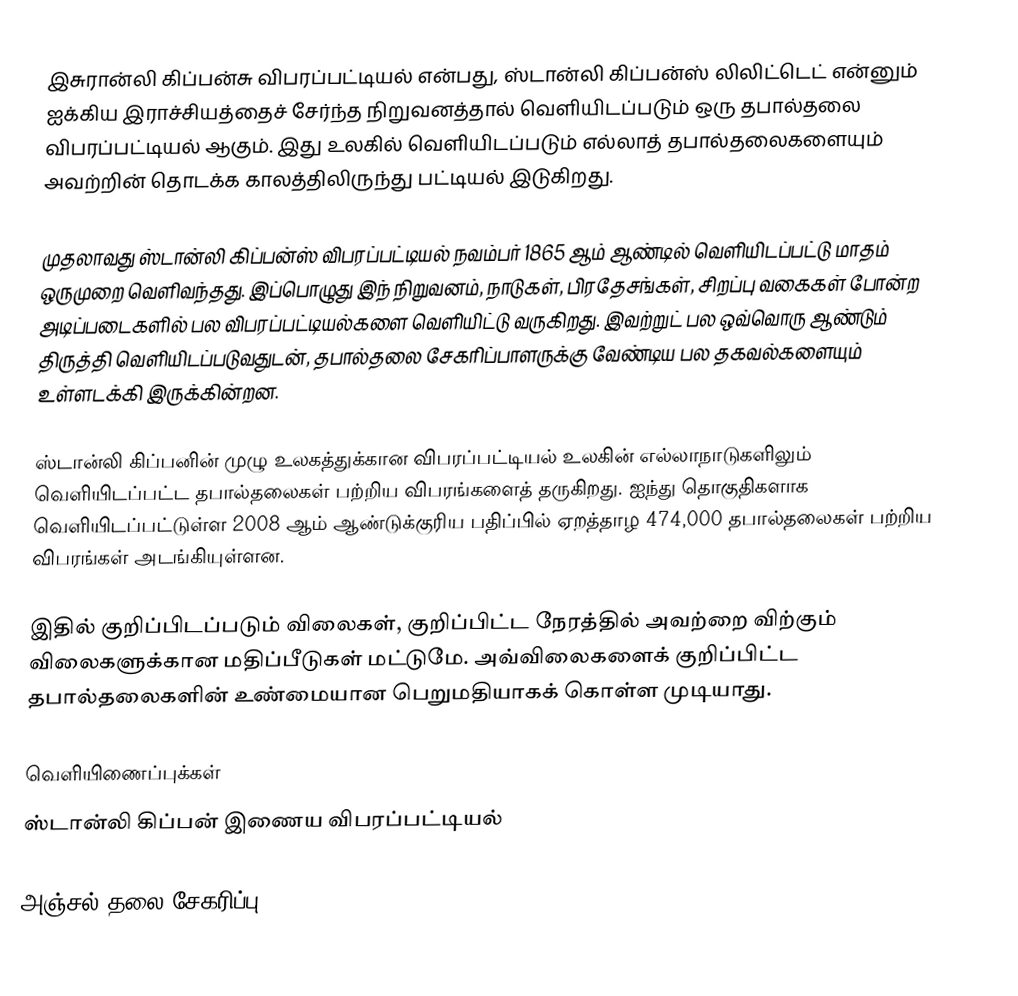
இசுரான்லி கிப்பன்சு விபரப்பட்டியல் என்பது, ஸ்டான்லி கிப்பன்ஸ் லிலிட்டெட் என்னும் ஐக்கிய இராச்சியத்தைச் சேர்ந்த நிறுவனத்தால் வெளியிடப்படும் ஒரு தபால்தலை விபரப்பட்டியல் ஆகும். இது உலகில் வெளியிடப்படும் எல்லாத் தபால்தலைகளையும் அவற்றின் தொடக்க காலத்திலிருந்து பட்டியல் இடுகிறது.

முதலாவது ஸ்டான்லி கிப்பன்ஸ் விபரப்பட்டியல் நவம்பர் 1865 ஆம் ஆண்டில் வெளியிடப்பட்டு மாதம் ஒருமுறை வெளிவந்தது. இப்பொழுது இந் நிறுவனம், நாடுகள், பிரதேசங்கள், சிறப்பு வகைகள் போன்ற அடிப்படைகளில் பல விபரப்பட்டியல்களை வெளியிட்டு வருகிறது. இவற்றுட் பல ஒவ்வொரு ஆண்டும் திருத்தி வெளியிடப்படுவதுடன், தபால்தலை சேகரிப்பாளருக்கு வேண்டிய பல தகவல்களையும் உள்ளடக்கி இருக்கின்றன.

ஸ்டான்லி கிப்பனின் முழு உலகத்துக்கான விபரப்பட்டியல் உலகின் எல்லாநாடுகளிலும் வெளியிடப்பட்ட தபால்தலைகள் பற்றிய விபரங்களைத் தருகிறது. ஐந்து தொகுதிகளாக வெளியிடப்பட்டுள்ள 2008 ஆம் ஆண்டுக்குரிய பதிப்பில் ஏறத்தாழ 474,000 தபால்தலைகள் பற்றிய விபரங்கள் அடங்கியுள்ளன.

இதில் குறிப்பிடப்படும் விலைகள், குறிப்பிட்ட நேரத்தில் அவற்றை விற்கும் விலைகளுக்கான மதிப்பீடுகள் மட்டுமே. அவ்விலைகளைக் குறிப்பிட்ட தபால்தலைகளின் உண்மையான பெறுமதியாகக் கொள்ள முடியாது.

வெளியிணைப்புக்கள்
 ஸ்டான்லி கிப்பன் இணைய விபரப்பட்டியல்

அஞ்சல் தலை சேகரிப்பு